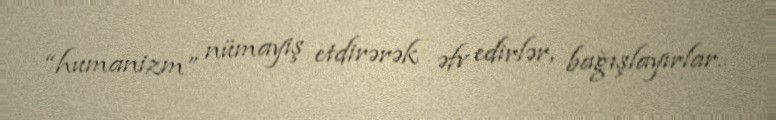
“humanizm” nümayiş etdirərək əfv edirlər, bağışlayırlar..